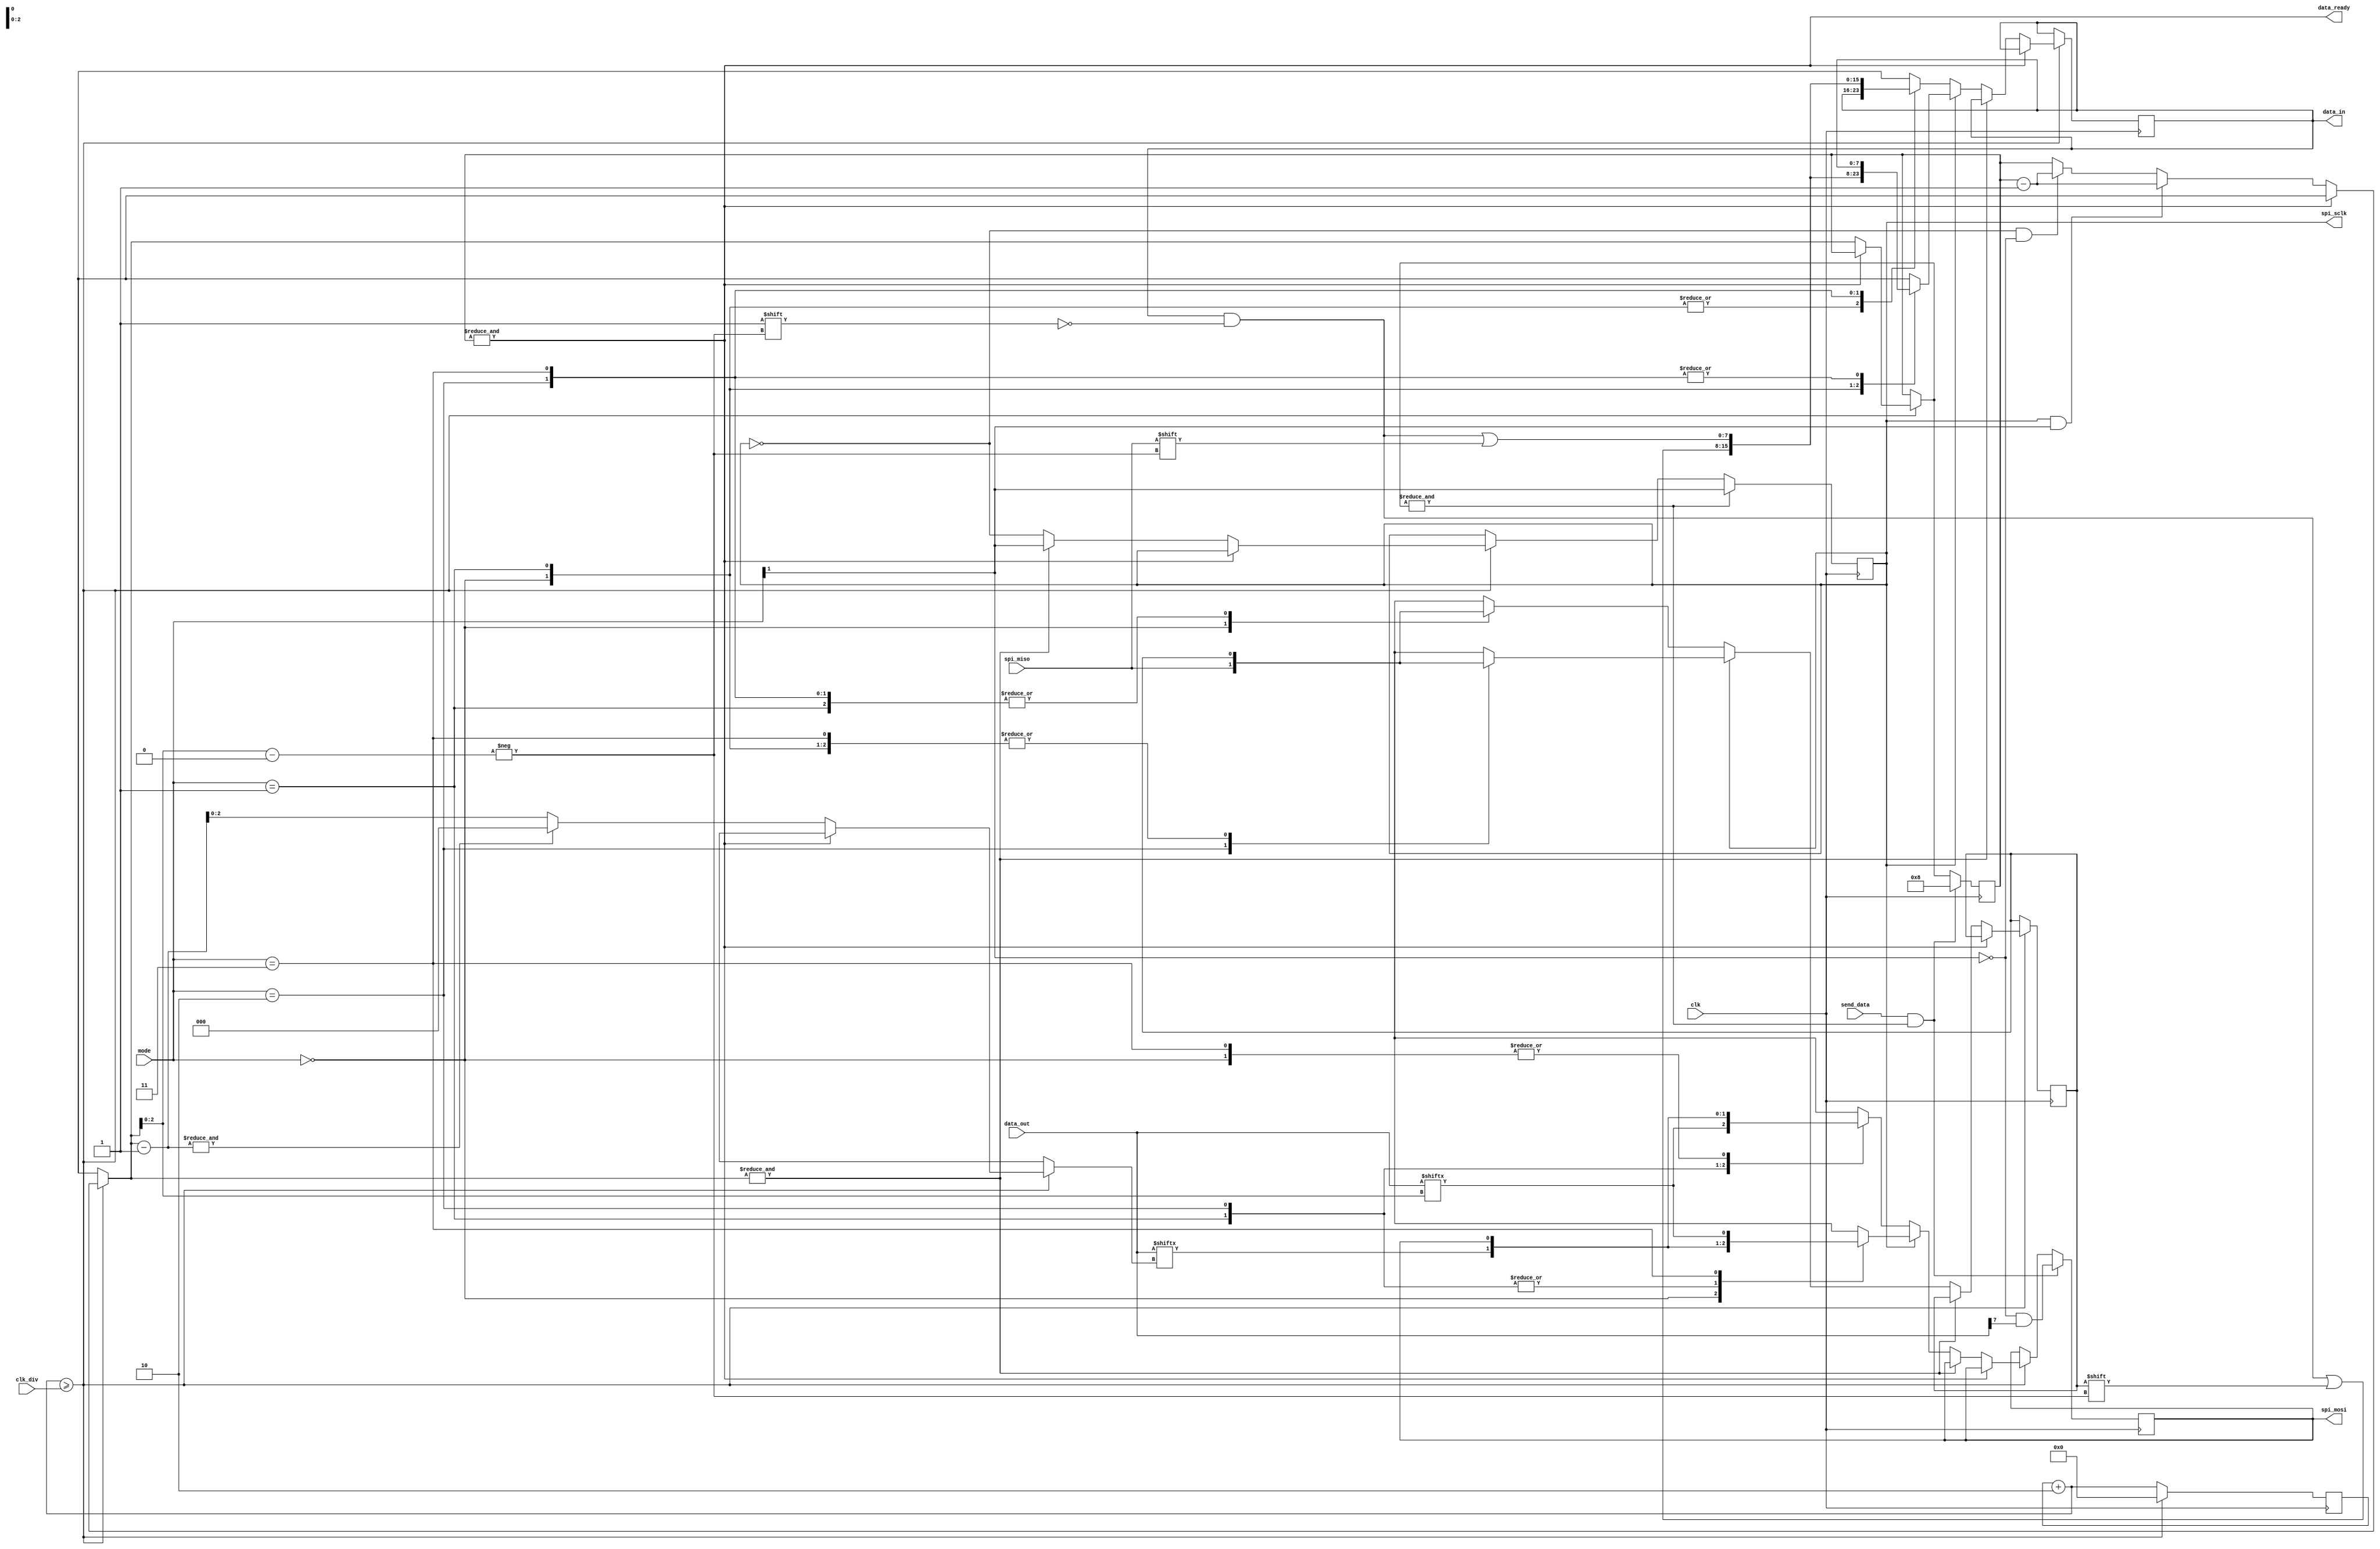
module spi(clk, clk_div, data_in, data_out, send_data, data_ready, spi_sclk, spi_mosi, spi_miso, mode);
	input clk;
	input [31:0] clk_div;
	output [7:0] data_in;
	input [7:0] data_out;
	input send_data;
	output data_ready;
	output spi_sclk;
	output spi_mosi;
	input spi_miso;
	input [1:0] mode;
	
reg [7:0] xmit_state = 8'hff;		// rests at 0xff, counts 7 through 0 during transmission (bytes sent msb first)
reg [7:0] next_xmit_state = 8'h00;
reg spi_sclk = 0;
reg [31:0] cd = 32'd0;
reg [7:0] data_in = 8'd0;

reg spi_mosi = 0;
reg latch_buf = 0;

assign data_ready = &xmit_state;

always @(posedge clk)
begin
	begin
		cd = cd + 32'd2;
		if(cd >= clk_div) begin
			if(~&xmit_state) begin
				// Clock has ticked whilst sending
							
				// state decrements on low in modes 0/1, on high in modes 2/3
				if(spi_sclk & mode[1])
					xmit_state = xmit_state - 8'h01;
				else if(~spi_sclk & ~mode[1])
					xmit_state = xmit_state - 8'h01;
				
				// some modes (0 and 2) don't shift the current state but the next state
				next_xmit_state = xmit_state - 8'h1;
				if(&next_xmit_state)
					next_xmit_state = 8'h0;
					
				spi_sclk = ~spi_sclk;
				
				// if xmit_state has reached 0xff, set clk to CPOL
				if(&xmit_state)
					spi_sclk = mode[1];
				else begin
					// else transfer some data
					
					// modes 0 and 2 latch before shifting, therefore we need to buffer the data recived
					//  so it doesn't overwrite what we're about to shift out
								
					// if clock has gone positive, latch in modes 0 and 3, shift in 1 and 2
					// if negative, latch in 1/2, shift in 0/3
					if(spi_sclk)
						case(mode)
							2'd0:
								latch_buf = spi_miso;
							2'd1:
								spi_mosi = data_out[xmit_state[2:0]];
							2'd2:
								begin
									spi_mosi = data_out[next_xmit_state[2:0]];
									data_in[xmit_state[2:0]] = latch_buf;
								end
							2'd3:
								data_in[xmit_state[2:0]] = spi_miso;
						endcase
					else
						case(mode)
							2'd0:
								begin
									spi_mosi = data_out[next_xmit_state[2:0]];
									data_in[xmit_state[2:0]] = latch_buf;
								end
							2'd1:
								data_in[xmit_state[2:0]] = spi_miso;
							2'd2:
								latch_buf = spi_miso;
							2'd3:
								spi_mosi = data_out[xmit_state[2:0]];
						endcase
				end
			end
			
			// reset clk counter
			cd = 32'd0;			
		end			
	end
						
	if(&xmit_state)
		spi_sclk = mode[1];
						
	if(send_data & &xmit_state)
	begin
		xmit_state = 8'd8;
		spi_mosi = ~mode[1] & data_out[7];	// shift the first byte out before clock starts cycling in modes 0 + 2
	end
end

endmodule